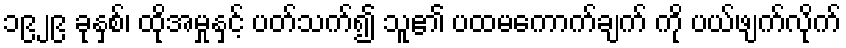
၁၉၂၉ ခုနှစ်၊ ထိုအမှုနှင့် ပတ်သက်၍ သူ၏ ပထမကောက်ချက် ကို ပယ်ဖျက်လိုက်